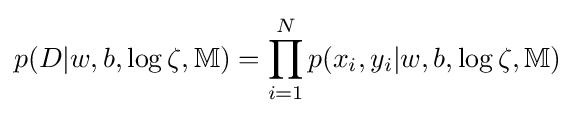
p(D|w,b,\log \zeta ,\mathbb {M} )=\prod \limits _{i=1}^{N}{p(x_{i},y_{i}|w,b,\log \zeta ,\mathbb {M} )}